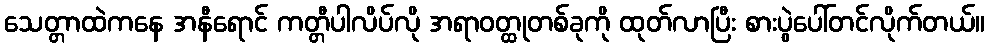
သေတ္တာထဲကနေ အနီရောင် ကတ္တီပါလိပ်လို အရာဝတ္ထုတစ်ခုကို ထုတ်လာပြီး စားပွဲပေါ်တင်လိုက်တယ်။